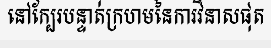
នៅក្បែរបន្ទាត់ក្រហមនៃការវិនាសផុត